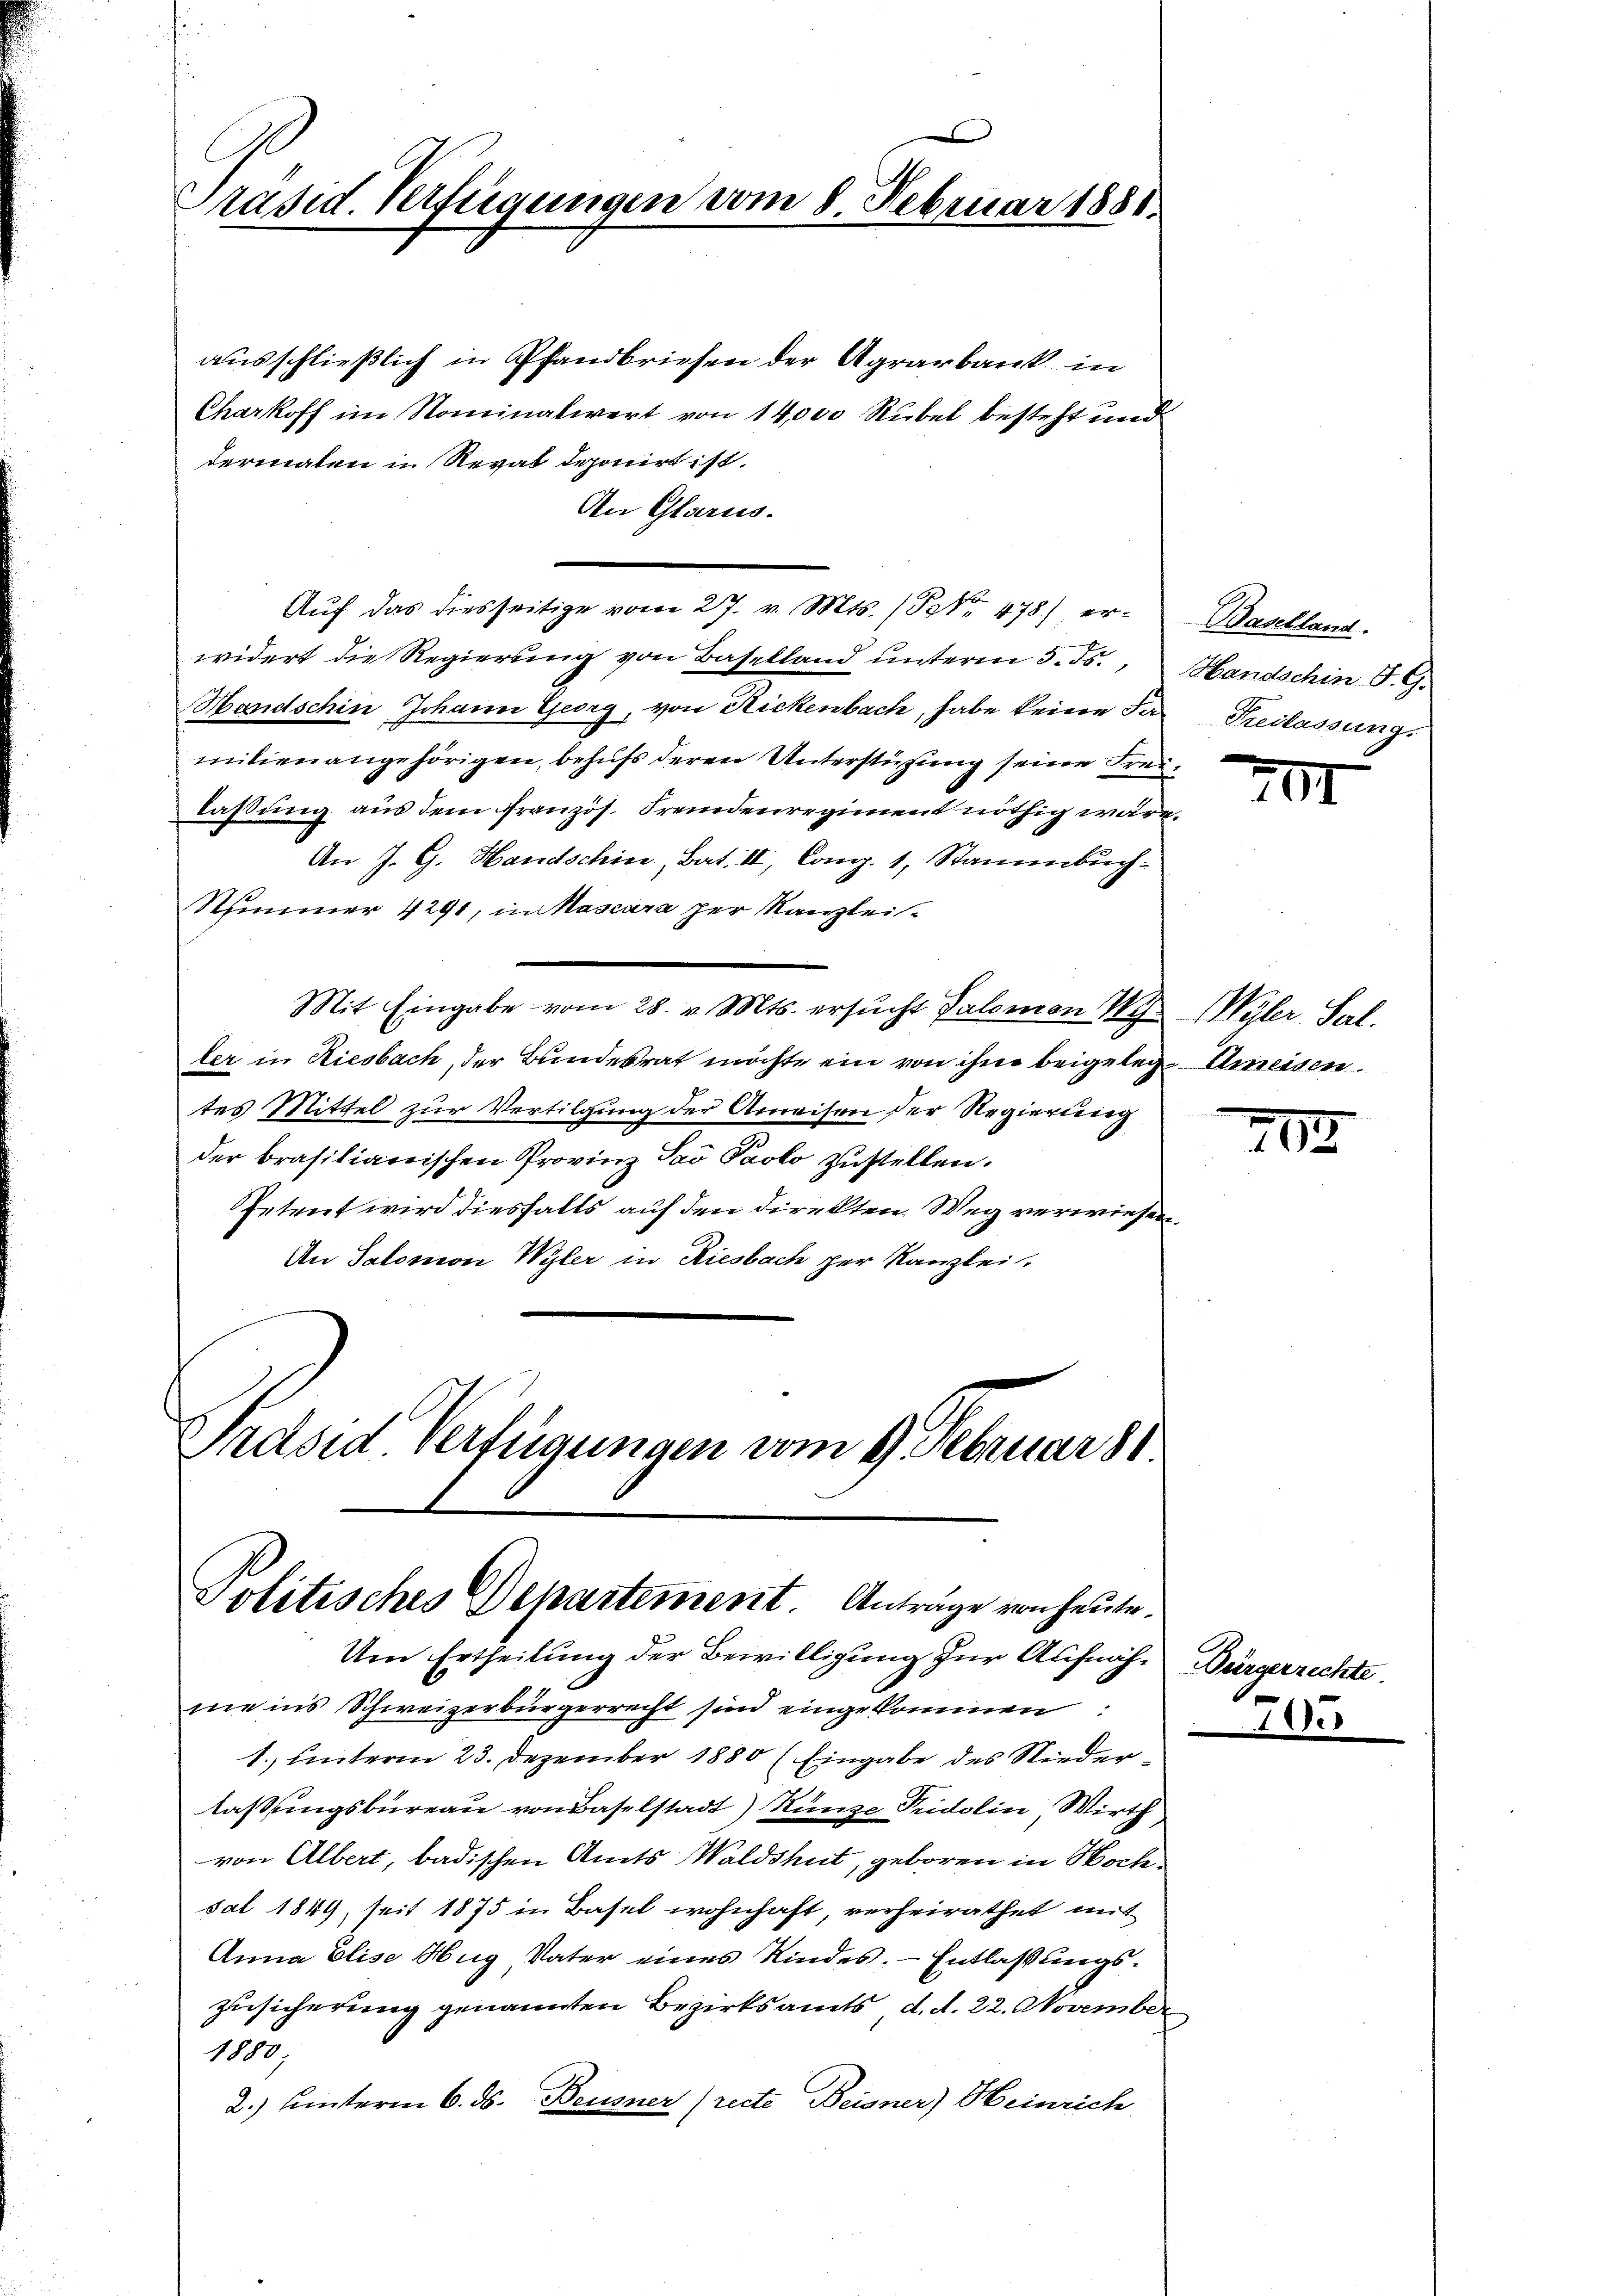
Präsid. Verfügungen vom 8. Februar 1881.

ausschließlich in Pfandbriefen der Agrarbank in
Charkoff im Rominalwert von 14,000 Rubel besteht und
dermalen in Reval deponirt ist.
An Glarus.
widert die Regierung von Baselland unterm 5. ds.,
Handschin Johann Georg, von Rickenbach, habe keine das Freilassung.
mitien angehörigen, behufs deren Unterstützung seine Freilaßung aus dem französ. Fremdenregiment nöthig wäre.
An J. G. Handschin, Bat. II, Comp. 1, Stammbuch
Stimmer 4291, in Kascara per Kanzlei¬
Mit Eingabe vom 28. v. Mts. ersŭcht Salomon Wy Wyler Sal.
ler in Riesbach, der Bundesrat möchte ein von ihne beigelege Ameisen.
tes Mittel zur Vertilgung der Anreisen der Regierung
der brasiliarischen Provinz Sav Paolo zustellen.
fetent wird diesfalls auf den direkten Weg verwiesen.
An Salomon Wyler in Riesbach per Kanzlei.
Präsid. Verfügungen vom 9. Februar 81

Auf das diesseitige vom 27. v. Mts. (S. 478) er¬

Politisches Departement. Anträge von heute.

Um Ertheilung der Bewilligung zur Aufnah- Bürgerre
me ins Schweizerbürgerrecht sinn eingekommen:
1. unterm 23. Dezember 1880 (Eingabe des Niederlassungsbureau von Baselstadt) Runze Pridolin, Wirth
von Albert, badischen Amts Waldshut, geboren in Wochesat 1849 seit 1875 in Basel wohnhaft, verheirathet mit
Anna Elise Hug Vater eines Kindes. Entlassungszusicherung genannten Bezirksamts, d. d. 22. November
1880;
2.) Unterm 6. ds. Beusner (recte Beisner) Heinrich

Baselland.
Handschin J. G.

2

II

202

sele